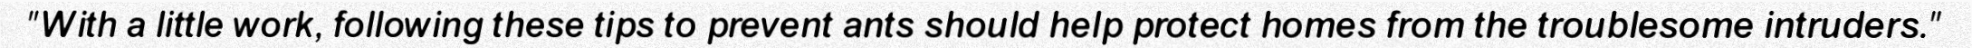
"With a little work, following these tips to prevent ants should help protect homes from the troublesome intruders."